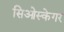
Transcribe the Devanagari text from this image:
सिओस्केगर